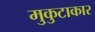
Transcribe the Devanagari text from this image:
मुकुटाकार